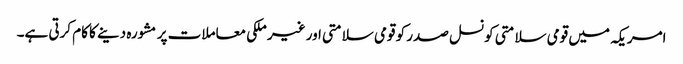
امریکہ میں قومی سلامتی کونسل صدر کو قومی سلامتی اور غیر ملکی معاملات پر مشورہ دینے کا کام کرتی ہے۔